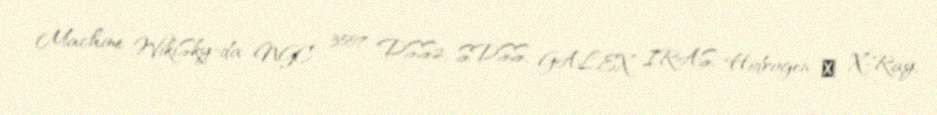
Machine WikiSky-da NGC 3557: DSS2, SDSS, GALEX, IRAS, Hidrogen α, X-Ray,